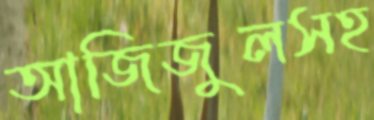
আজিজুলসহ